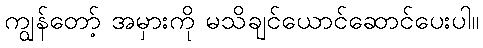
ကျွန်တော့် အမှားကို မသိချင်ယောင်ဆောင်ပေးပါ။